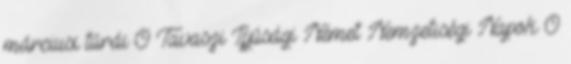
márciusi túrái 0 Tavaszi Ifjúsági Német Nemzetiségi Napok 0